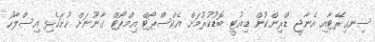
ސިނގިރޭޓާއި އެނާޖީ ޑްރިންކުން ޑިއުޓީ ބޮޑުކުރުމަށް އެކްސްޕޯޓް އިމްޕޯޓް ގާނޫނަށް ހުށަހެޅި އިސްލާހު